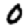
Digit: 0